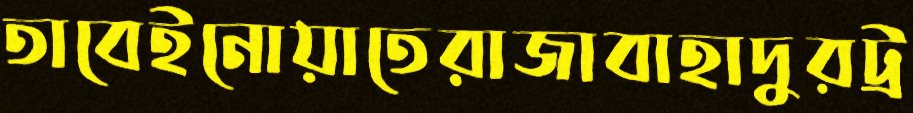
তাবেইনোয়াতেরাজাবাহাদুরট্র